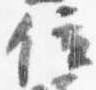
位